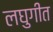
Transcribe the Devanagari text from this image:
लघुगीत